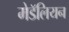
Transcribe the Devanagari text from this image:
मेडॅलियन